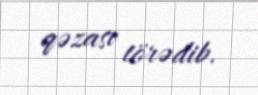
qəzası törədib.